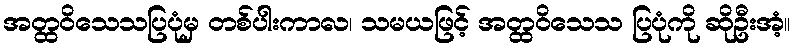
အတ္ထဝိသေသပြပုံမှ တစ်ပါးကာလ၊ သမယဖြင့် အတ္ထဝိသေသ ပြပုံကို ဆိုဦးအံ့။